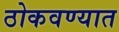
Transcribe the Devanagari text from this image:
ठोकवण्यात